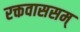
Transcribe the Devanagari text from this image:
रक्तवाससम्